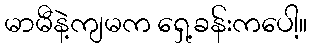
မာမီနဲ့ကျမက ရှေ့ခန်းကပေါ့။